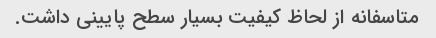
متاسفانه از لحاظ کیفیت بسیار سطح پایینی داشت.